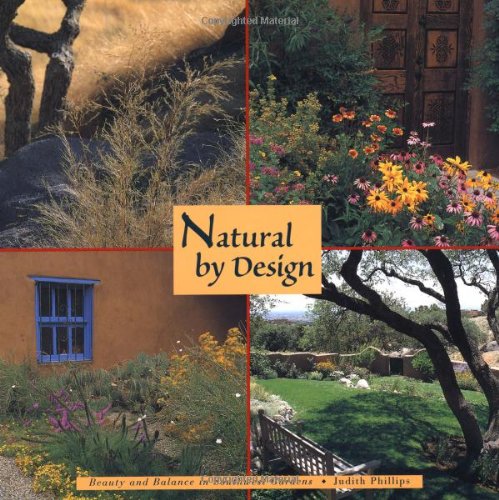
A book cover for Natural by Design: Beauty and Balance in Southwest Gardens; Judith Phillips; Crafts, Hobbies & Home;